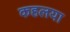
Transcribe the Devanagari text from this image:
कहलया